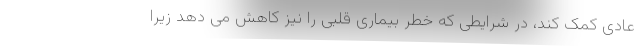
عادی کمک کند، در شرایطی که خطر بیماری قلبی را نیز کاهش می دهد زیرا